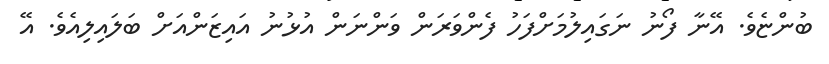
ބުންޏެވެ. އޭނާ ފޯނު ނަގައިލުމަށްފަހު ފެންވަރަން ވަންނަން އުޅުނު އައިޒަންއަށް ބަލައިލިއެވެ. އޭ